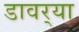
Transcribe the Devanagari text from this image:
डावर्‍या